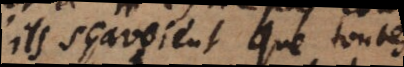
S’ils sçavoient que toutes